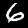
Digit: 6